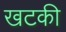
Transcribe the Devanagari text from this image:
खटकी